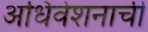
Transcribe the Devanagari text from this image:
अधिवेशनाची